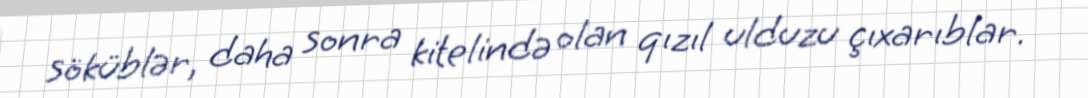
söküblər, daha sonra kitelində olan qızıl ulduzu çıxarıblar.